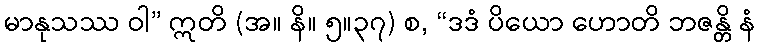
မာနုသဿ ဝါ” ဣတိ (အ။ နိ။ ၅။၃၇) စ, “ဒဒံ ပိယော ဟောတိ ဘဇန္တိ နံ